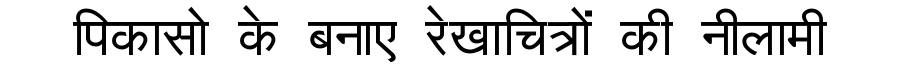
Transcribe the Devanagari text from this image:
पिकासो के बनाए रेखाचित्रों की नीलामी